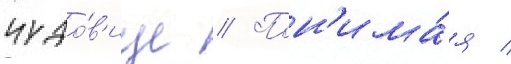
чудо́в'ище // Пон'има́я /